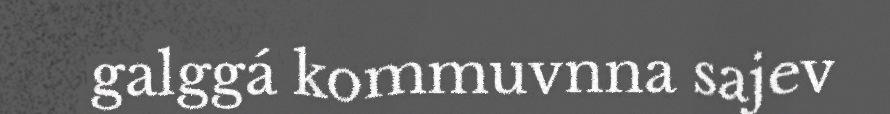
galggá kommuvnna sajev